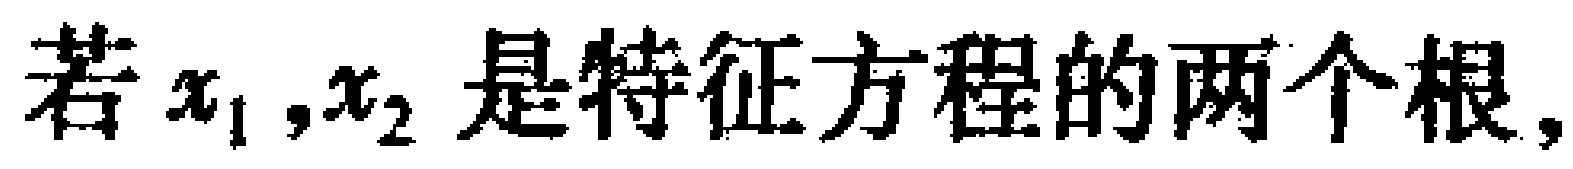
若$x_{1},x_{2}$是特征方程的两个根，